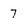
Character: 7